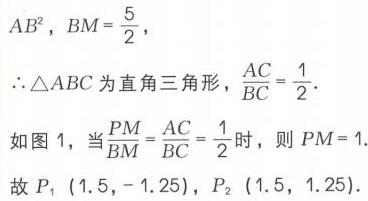
\(AB^{2}\)，\(BM = \frac{5}{2}\)，
\(\therefore\triangle ABC\)为直角三角形，\(\frac{AC}{BC}=\frac{1}{2}\).
如图 1，当\(\frac{PM}{BM}=\frac{AC}{BC}=\frac{1}{2}\)时，则 \(PM = 1\).
故 \(P_{1}(1.5, - 1.25)\)，\(P_{2}(1.5, 1.25)\).